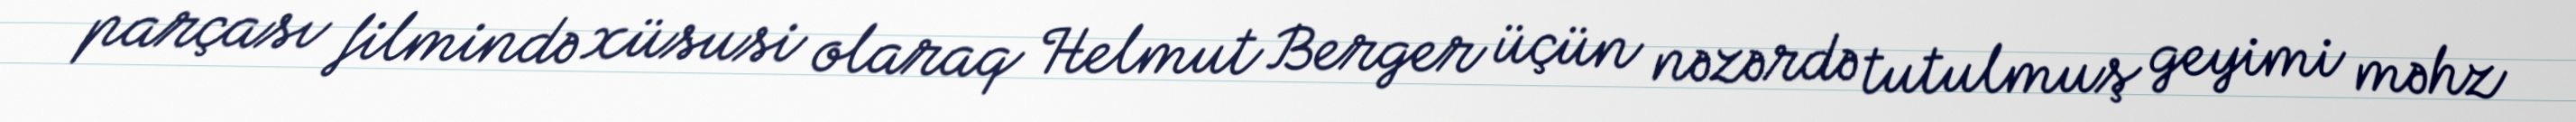
parçası filmində xüsusi olaraq Helmut Berger üçün nəzərdə tutulmuş geyimi məhz